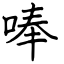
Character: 唪